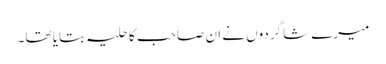
میرے شاگردوں نے ان صاحب کا حلیہ بتایا تھا۔